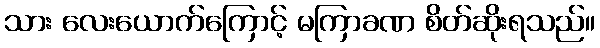
သား လေးယောက်ကြောင့် မကြာခဏ စိတ်ဆိုးရသည်။